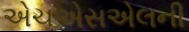
એચએસએલની